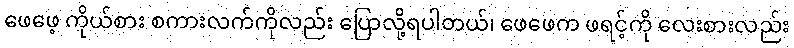
ဖေဖေ့ ကိုယ်စား စကားလက်ကိုလည်း ပြောလို့ရပါတယ်၊ ဖေဖေက ဖရင့်ကို လေးစားလည်း